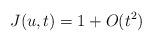
LaTeX: \begin{align*}J(u,t) = 1 + O(t^2)\end{align*}